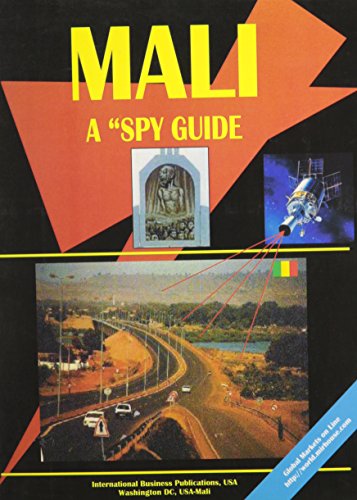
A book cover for Mali: A Spy Guide (World Business and Investment Opportunities Library); Ibp Usa; Travel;